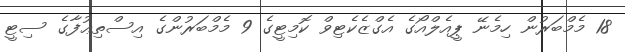
18 މެމްބަރުން ހިމެނޭ ޕީއެލްއޯގެ އެގްޒެކެޓިވް ކޮމިޓީގެ 9 މެމްބަރުންގެ އިސްތިޢުފާގެ ސިޓީ